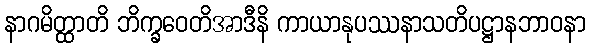
နာဂမိတ္ထာတိ ဘိက္ခဝေတိအာဒီနိ ကာယာနုပဿနာသတိပဋ္ဌာနဘာဝနာ